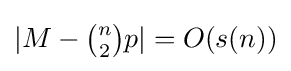
|M-{\tbinom {n}{2}}p|=O(s(n))